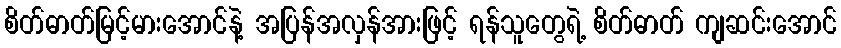
စိတ်ဓာတ်မြင့်မားအောင်နဲ့ အပြန်အလှန်အားဖြင့် ရန်သူတွေရဲ့ စိတ်ဓာတ် ကျဆင်းအောင်